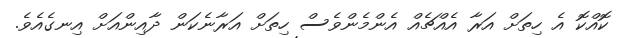
ކޮއްކޮ އެ ހިތަށް އަރާ އެއްޗެއް އެންމެންވެސް ހިތަށް އަރާނެކަން ދާއިންއަށް އިނގެއެވެ.